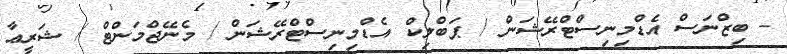
- ބިޒްނަސް އެޑްމިނިސްޓްރޭޝަން / ޕަބްލިކް އެޑްމިނިސްޓްރޭޝަން / މެނޭޖްމަންޓް / ޝަރީޢާ